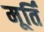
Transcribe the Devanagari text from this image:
मूर्तिं